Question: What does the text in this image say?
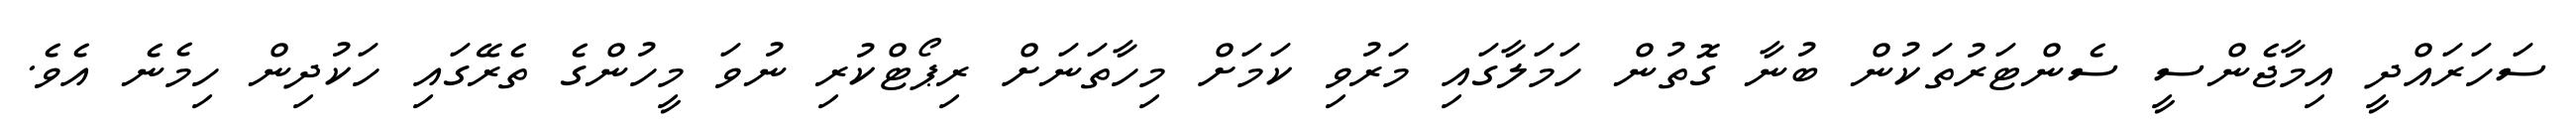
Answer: ސަހަރައްދީ އިމާޖެންސީ ސެންޓަރުތަކުން ބުނާ ގޮތުން ހަމަލާގައި މަރުވި ކަމަށް މިހާތަނަށް ރިޕޯޓްކުރި ނުވަ މީހުންގެ ތެރޭގައި ހަކުދިން ހިމެނެ އެވެ.